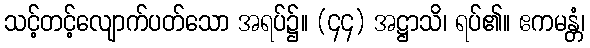
သင့်တင့်လျောက်ပတ်သော အရပ်၌။ (၄၄) အဋ္ဌာသိ၊ ရပ်၏။ ဧကမန္တံ၊